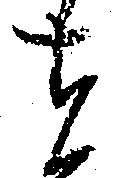
者